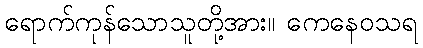
ရောက်ကုန်သောသူတို့အား။ ကေနေဝသရ